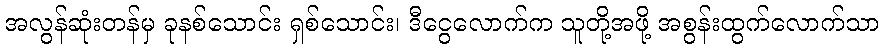
အလွန်ဆုံးတန်မှ ခုနစ်သောင်း ရှစ်သောင်း၊ ဒီငွေလောက်က သူတို့အဖို့ အစွန်းထွက်လောက်သာ